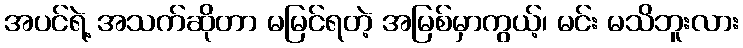
အပင်ရဲ့ အသက်ဆိုတာ မမြင်ရတဲ့ အမြစ်မှာကွယ့်၊ မင်း မသိဘူးလား